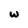
Character: w